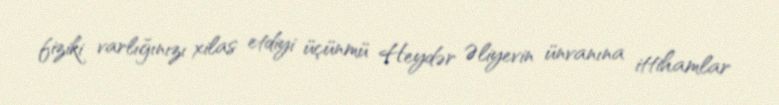
fiziki varlığınızı xilas etdiyi üçünmü Heydər Əliyevin ünvanına ittihamlar